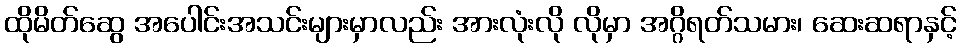
ထိုမိတ်ဆွေ အပေါင်းအသင်းများမှာလည်း အားလုံးလို လိုမှာ အဂ္ဂိရတ်သမား၊ ဆေးဆရာနှင့်